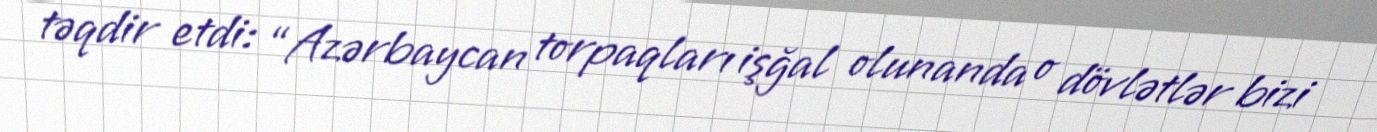
təqdir etdi: “Azərbaycan torpaqları işğal olunanda o dövlətlər bizi